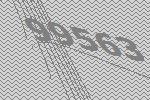
99563